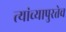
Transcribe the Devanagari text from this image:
त्यांच्यापुरतेच